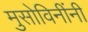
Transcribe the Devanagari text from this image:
मुसोविनींनी